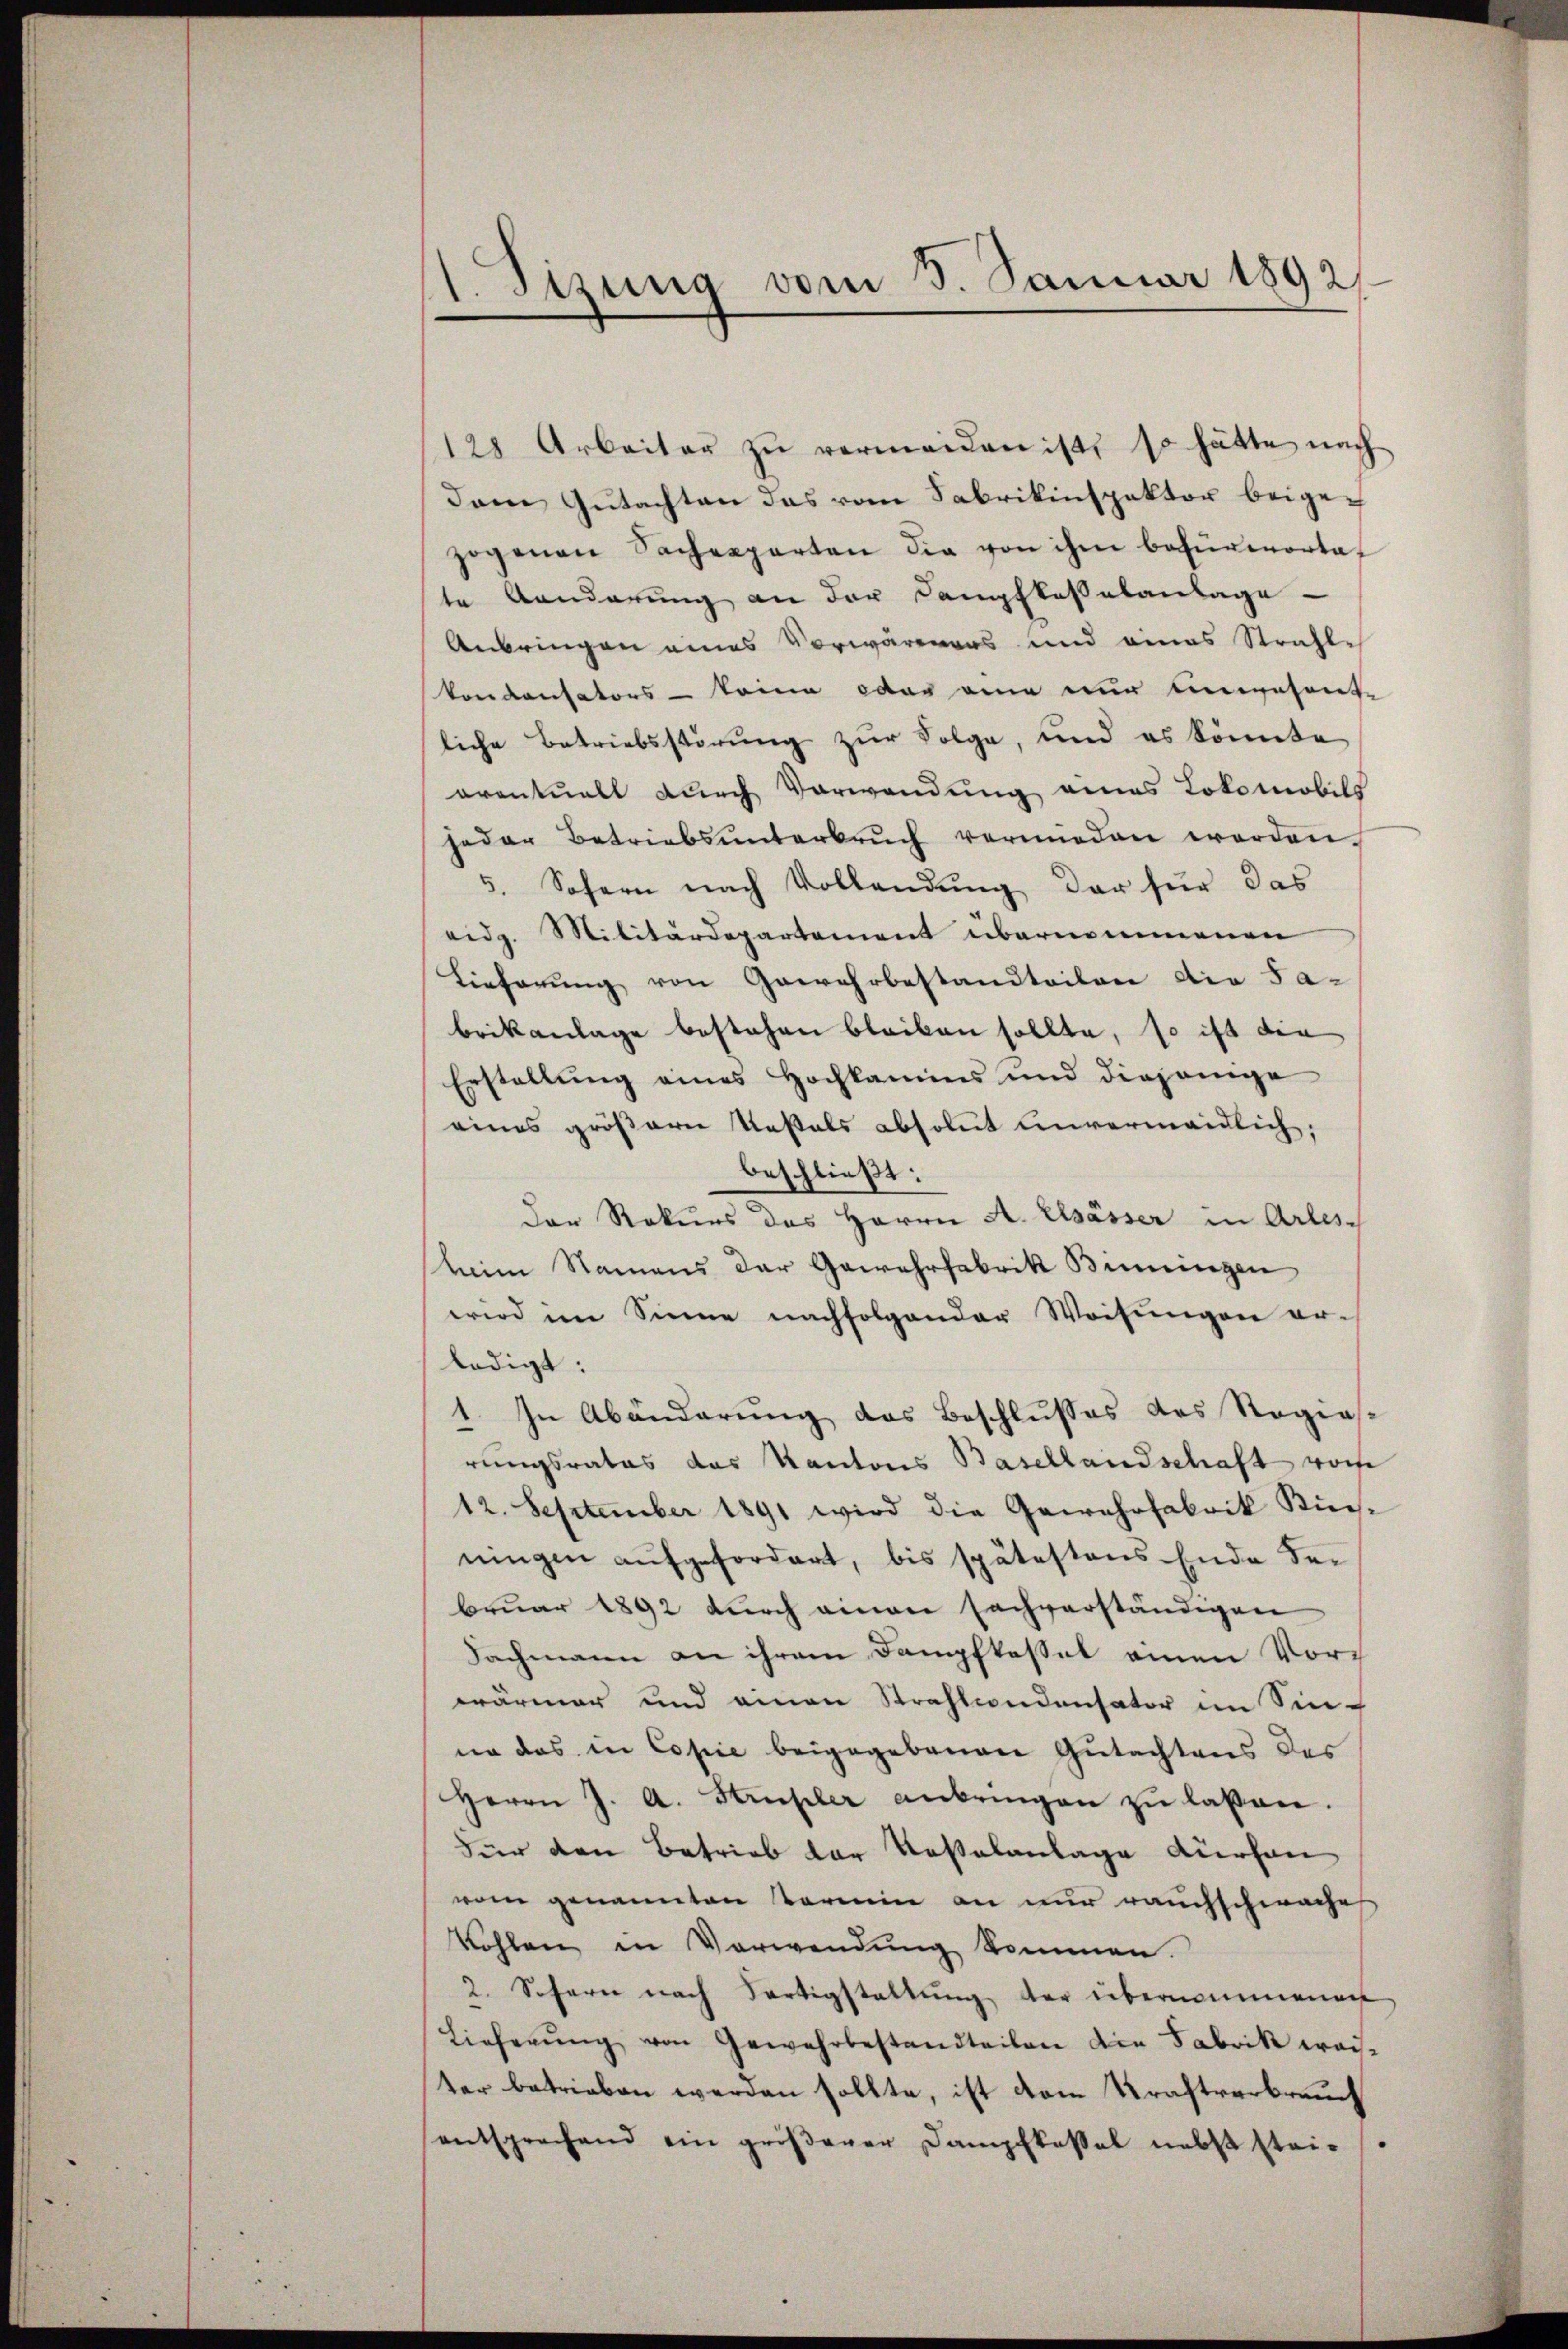
1.Stzung vom 3. Januar 1892

128 Arbeiter zŭ vermeiden ist, so hätte nach
dem Gutachten das vom Fabrikinspektor beigezogenen Sachenparten die von ihm befürwortet
te Aenderung an der Kampfkassalanlage
Anbringen eines Vorwärenars und eines Strahle
koncensators - keine oder eine nur unwesent
liche Betriebsstörung zur Folge, und es könnte
oventuell durch Vorwendung eines Lokomobils
jeder Betriebsŭnterbrŭch vermieden werden.
5. Sofern nach Vollendung der für das
eidg. Militärdepartement übernommenen
Lieferung von Gewehrbestandteilen die Fa-
brikanlage bestehen bleiben sollte, so ist die
Erstellung eines Hochkamins und diejenige
eines größern Restals absolut unvermeidlich,
beschließt:
Der Rekurs des Herrn A. Elsässer in Arles
stein Namens der Gewehrfabrik Bimringen
wird im Sinne nachfolgender Weisungen er-
ledigt:
In Abänderung des Beschlusses des Regiasd
rungsrates das Kantons Basellandschaft vorhe
12. September 1891 wird die Gewehrfabrik Küningen aŭfgefordert, bis spätestens Ende der
bruar 1892 durch einen sachverständigen
Fachmann an ihrem Dampfkessel einen Vor
wärmer und einen Strahlendensator im Sin-
ne das in Copie beigegebenen Gutachtens des
Herrn J. A. Strupler anbringen zŭ lassen.
Für den Betrieb der Kostalanlage dürfen
vom genannten termin an nur rauchschwache
kohlen in Verwendung kommen.
2. Sofern nach Fertigstaltung der übernommenen
Lieferŭng von Gewehrbestandteilen die Fabrik wais-
ter betrieben werden sollte, ist vom Kraftverbrauch
entsprechend ein gröβerer Dampfkassel nebst stei-